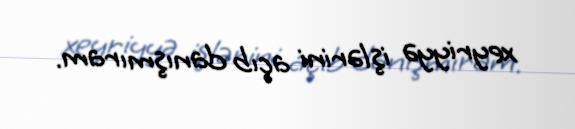
xeyriyyə işlərini açıb danışmıram.